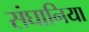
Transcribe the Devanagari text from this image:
संघानिया